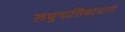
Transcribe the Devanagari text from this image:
लघुनासिकाधारी